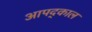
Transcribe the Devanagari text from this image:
आपद्काल